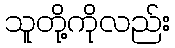
သူတို့ကိုလည်း